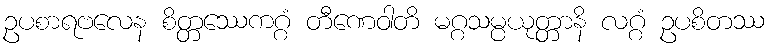
ဥပစာရဗလေန စိတ္တဿေကဂ္ဂံ တီဏေဝါတိ မဂ္ဂသမ္ပယုတ္တာနိ လဂ္ဂံ ဥပစိတဿ